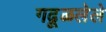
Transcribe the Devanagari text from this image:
गढूळलेले